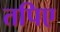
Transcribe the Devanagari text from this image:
तपिए